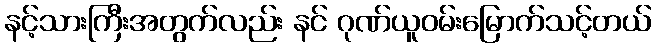
နင့်သားကြီးအတွက်လည်း နင် ဂုဏ်ယူဝမ်းမြောက်သင့်တယ်